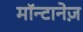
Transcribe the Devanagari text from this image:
मॉन्टानेज़